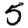
Digit: 5